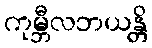
ကုမ္ဘီလဘယန္တိ